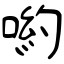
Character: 喲